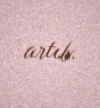
artıb.